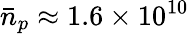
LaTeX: \bar{n}_{p}\approx 1.6\times 10^{10}